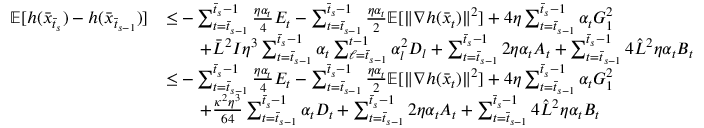
\begin{array} { r l } { \mathbb { E } [ h ( \bar { x } _ { \bar { t } _ { s } } ) - h ( \bar { x } _ { \bar { t } _ { s - 1 } } ) ] } & { \leq - \sum _ { t = \bar { t } _ { s - 1 } } ^ { \bar { t } _ { s } - 1 } \frac { \eta \alpha _ { t } } { 4 } E _ { t } - \sum _ { t = \bar { t } _ { s - 1 } } ^ { \bar { t } _ { s } - 1 } \frac { \eta \alpha _ { t } } { 2 } \mathbb { E } [ \| \nabla h ( \bar { x } _ { t } ) \| ^ { 2 } ] + 4 \eta \sum _ { t = \bar { t } _ { s - 1 } } ^ { \bar { t } _ { s } - 1 } \alpha _ { t } G _ { 1 } ^ { 2 } } \\ & { \qquad + \bar { L } ^ { 2 } I \eta ^ { 3 } \sum _ { t = \bar { t } _ { s - 1 } } ^ { \bar { t } _ { s } - 1 } \alpha _ { t } \sum _ { \ell = \bar { t } _ { s - 1 } } ^ { t - 1 } \alpha _ { l } ^ { 2 } D _ { l } + \sum _ { t = \bar { t } _ { s - 1 } } ^ { \bar { t } _ { s } - 1 } 2 \eta \alpha _ { t } A _ { t } + \sum _ { t = \bar { t } _ { s - 1 } } ^ { \bar { t } _ { s } - 1 } 4 \hat { L } ^ { 2 } \eta \alpha _ { t } B _ { t } } \\ & { \leq - \sum _ { t = \bar { t } _ { s - 1 } } ^ { \bar { t } _ { s } - 1 } \frac { \eta \alpha _ { t } } { 4 } E _ { t } - \sum _ { t = \bar { t } _ { s - 1 } } ^ { \bar { t } _ { s } - 1 } \frac { \eta \alpha _ { t } } { 2 } \mathbb { E } [ \| \nabla h ( \bar { x } _ { t } ) \| ^ { 2 } ] + 4 \eta \sum _ { t = \bar { t } _ { s - 1 } } ^ { \bar { t } _ { s } - 1 } \alpha _ { t } G _ { 1 } ^ { 2 } } \\ & { \qquad + \frac { \kappa ^ { 2 } \eta ^ { 3 } } { 6 4 } \sum _ { t = \bar { t } _ { s - 1 } } ^ { \bar { t } _ { s } - 1 } \alpha _ { t } D _ { t } + \sum _ { t = \bar { t } _ { s - 1 } } ^ { \bar { t } _ { s } - 1 } 2 \eta \alpha _ { t } A _ { t } + \sum _ { t = \bar { t } _ { s - 1 } } ^ { \bar { t } _ { s } - 1 } 4 \hat { L } ^ { 2 } \eta \alpha _ { t } B _ { t } } \end{array}